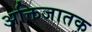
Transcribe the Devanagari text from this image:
अक्तिजातक